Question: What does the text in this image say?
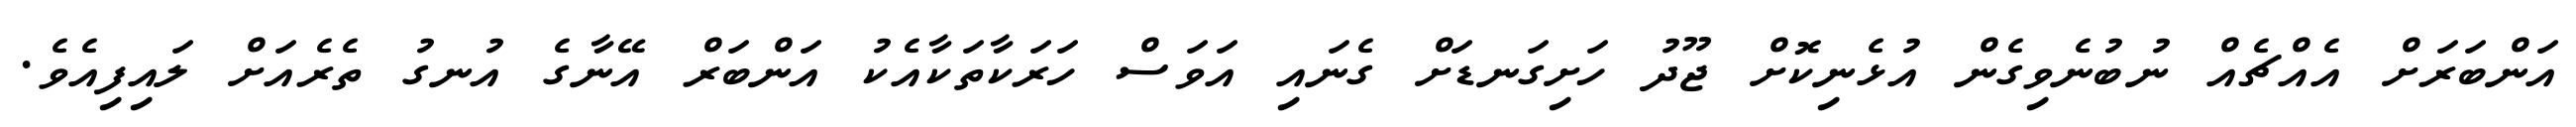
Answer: އަންބަރަށް އެއްޗެއް ނުބުނެވިގެން އުޅެނިކޮށް ޖޫދު ހަށިގަނޑަށް ގެނައި އަވަސް ހަރަކާތަކާއެކު އަންބަރް އޭނާގެ އުނގު ތެރެއަށް ލައިފިއެވެ.